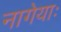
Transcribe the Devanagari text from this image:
नागेयाः